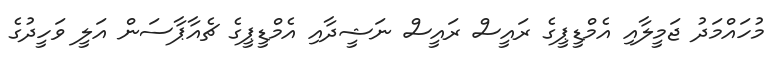
މުހައްމަދު ޖަމީލާއި އެމްޑީޕީގެ ރައީސް ރައީސް ނަޝީދާއި އެމްޑީޕީގެ ޗެއާޕާސަން އަލީ ވަހީދުގެ